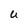
Character: U